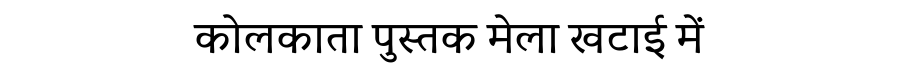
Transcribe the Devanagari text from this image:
कोलकाता पुस्तक मेला खटाई में